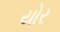
યોર